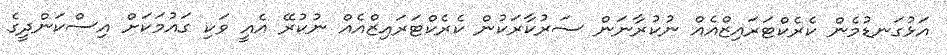
އަޅުގަނޑުމެން ކެރެކްޓަރައިޒްއެއް ނުކުރާނަން ސަރުކާރަކުން ކެރެކްޓަރައިޒްއެއް ނުކުރޭ އެއީ ވަކި ގައުމަކަށް އިސްކަންދީގެ